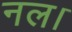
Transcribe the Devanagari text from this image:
नल।